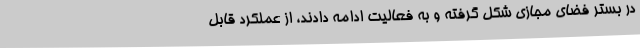
در بستر فضای مجازی شکل گرفته و به فعالیت ادامه دادند، از عملکرد قابل